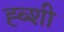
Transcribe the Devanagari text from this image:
ह्ब्शी